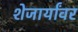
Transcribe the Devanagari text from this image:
शेजार्यांवर